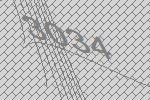
3034